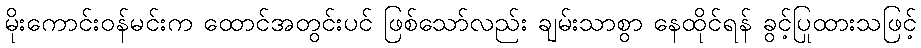
မိုးကောင်းဝန်မင်းက ထောင်အတွင်းပင် ဖြစ်သော်လည်း ချမ်းသာစွာ နေထိုင်ရန် ခွင့်ပြုထားသဖြင့်